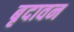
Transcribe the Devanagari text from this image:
बृदावन